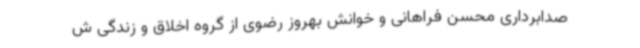
صدابرداری محسن فراهانی و خوانش بهروز رضوی از گروه اخلاق و زندگی ش